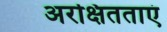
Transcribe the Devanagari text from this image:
अरक्षितताएं